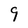
Character: 9